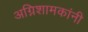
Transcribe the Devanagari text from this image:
अग्निशामकांनी